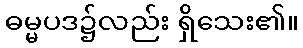
ဓမ္မပဒ၌လည်း ရှိသေး၏။